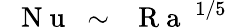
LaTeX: \mathrm{~\textit~{~N~u~}~}\sim\mathrm{~\textit~{~R~a~}~}^{1/5}